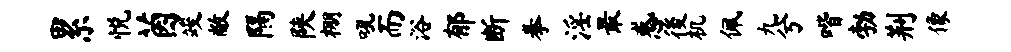
累悦茵竣敝隔陕棚吼而浴郁断拳淫最惑後机佩九兮喈勃荆像